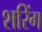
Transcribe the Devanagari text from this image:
शरिंग